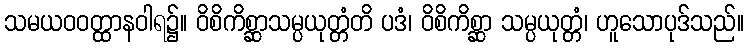
သမယဝဝတ္ထာနဝါရ၌။ ဝိစိကိစ္ဆာသမ္ပယုတ္တံတိ ပဒံ၊ ဝိစိကိစ္ဆာ သမ္ပယုတ္တံ၊ ဟူသောပုဒ်သည်။